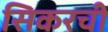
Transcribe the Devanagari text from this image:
सिकरची